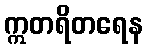
ဣတရိတရေန